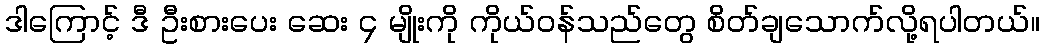
ဒါကြောင့် ဒီ ဦးစားပေး ဆေး ၄ မျိုးကို ကိုယ်ဝန်သည်တွေ စိတ်ချသောက်လို့ရပါတယ်။